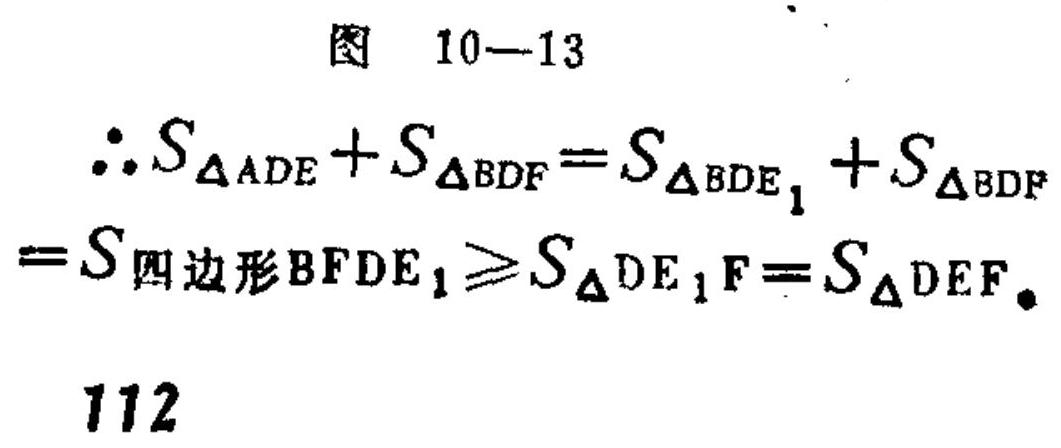
\[
\begin{align*}
&\text{图 }10 - 13\\
&\therefore S_{\triangle ADE}+S_{\triangle BDF}=S_{\triangle BDE_{1}}+S_{\triangle BDF}\\
&=S_{四边形BFDE_{1}}\geqslant S_{\triangle DE_{1}F}=S_{\triangle DEF}.\\
&112
\end{align*}
\]